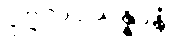
ပုဂ္ဂလပ္ပသန္နာနံ